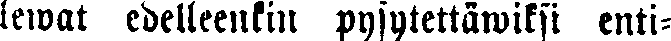
lewat edelleenkin pysytettäwiksi enti-